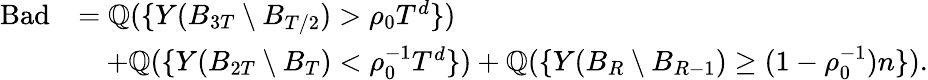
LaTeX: \begin{array}{rl}{\mathrm{Bad}}&{=\mathbb Q(\{ Y(B_{3T}\setminus B_{T/2})>\rho_{0}T^{d}\} )}\\ &{\quad+\mathbb Q(\{ Y(B_{2T}\setminus B_{T})<\rho_{0}^{-1}T^{d}\} )+\mathbb Q(\{ Y(B_{R}\setminus B_{R-1})\geq(1-\rho_{0}^{-1})n\} ).}\end{array}